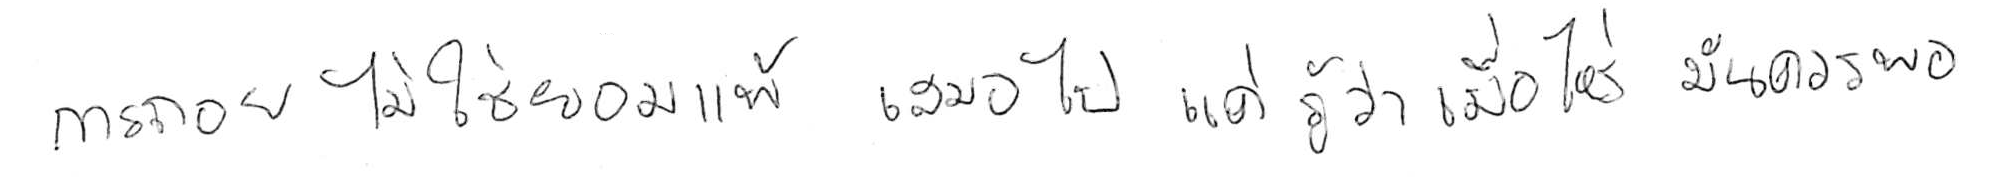
การถอย ไม่ใช่ยอมแพ้ เสมอไป แค่รู้ว่าเมื่อไหร่ มันควรพอ